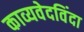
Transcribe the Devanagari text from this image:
काव्यवेदविंदा